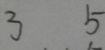
3 5